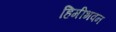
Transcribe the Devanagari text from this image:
हिमीभवन